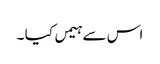
اس سے ہیمں کیا ۔